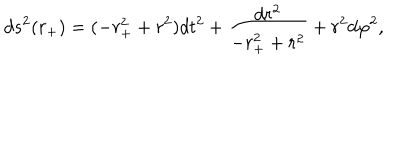
d s ^ { 2 } ( r _ { + } ) = ( - r _ { + } ^ { 2 } + r ^ { 2 } ) d t ^ { 2 } + \frac { d r ^ { 2 } } { - r _ { + } ^ { 2 } + r ^ { 2 } } + r ^ { 2 } d \varphi ^ { 2 } ,